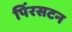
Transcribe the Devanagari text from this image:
पिंरसटन